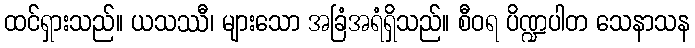
ထင်ရှားသည်။ ယသဿီ၊ များသော အခြံအရံရှိသည်။ စီဝရ ပိဏ္ဍပါတ သေနာသန